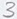
Text: 3